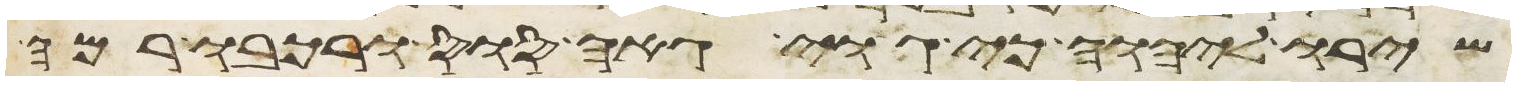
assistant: שירו ליהוה כי גוי גאה סוס ורכבו רמה